Code of medical and sanitary regulations for the guidance of medical officers serving in the Madras Presidency - Volume I
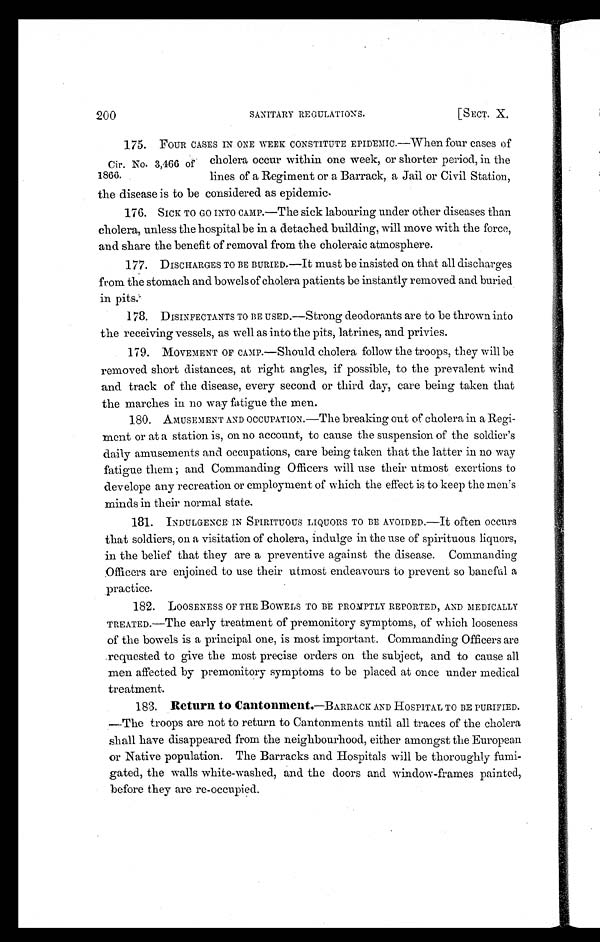
200
SANITARY REGULATIONS.
[SECT. X.
Cir. No. 3,460 of
1866 .
175. FOUR CASES IN ONE WEEK CONSTITUTE EPIDEMIC.—When four cases of
cholera occur within one week, or shorter period, in the
lines of a Regiment or a Barrack, a Jail or Civil Station,
the disease is to be considered as epidemic.
176. SICK TO GO INTO CAMP.—The sick labouring under other diseases than
cholera, unless the hospital be in a detached building, will move with the force,
and share the benefit of removal from the choleraic atmosphere.
177. DISCHARGES TO BE BURIED.—It must be insisted on that all discharges
from the stomach and bowels of cholera patients be instantly removed and buried
in pits.
178. DISINFECTANTS TO BE USED.—Strong deodorants are to be thrown into
the receiving vessels, as well as into the pits, latrines, and privies.
179. MOVEMENT OF CAMP.—Should cholera follow the troops, they will be
removed short distances, at right angles, if possible, to the prevalent wind
and track of the disease, every second or third day, care being taken that
the marches in no way fatigue the men.
180. AMUSEMENT AND OCCUPATION.—The breaking out of cholera in a Regi-
ment or at a station is, on no account, to cause the suspension of the soldier's
daily amusements and occupations, care being taken that the latter in no way
fatigue them; and Commanding Officers will use their utmost exertions to
develope any recreation or employment of which the effect is to keep the men's
minds in their normal state.
181. INDULGENCE IN SPIRITUOUS LIQUORS TO BE AVOIDED.—It often occurs
that soldiers, on a visitation of cholera, indulge in the use of spirituous liquors,
in the belief that they are a preventive against the disease. Commanding
Officers are enjoined to use their utmost endeavours to prevent so baneful a
practice.
182. LOOSENESS OF THE BOWELS TO BE PROMPTLY REPORTED, AND MEDICALLY
TREATED.—The early treatment of premonitory symptoms, of which looseness
of the bowels is a principal one, is most important. Commanding Officers are
requested to give the most precise orders on the subject, and to cause all
men affected by premonitory symptoms to be placed at once under medical
treatment.
183. Return to Cantonment. —BARRACK AND HOSPITAL TO BE PURIFIED.
— T h e t r o o p s a r e n o t t o r e t u r n t o C a n t o n m e n t s u n t i l a l l t r a c e s o f t h e c h o l e r a
shall have disappeared from the neighbourhood, either amongst the European
or Native population. The Barracks and Hospitals will be thoroughly fumi-
gated, the walls white-washed, and the doors and window-frames painted,
before they are re-occupied.